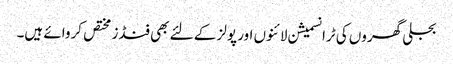
بجلی گھروں کی ٹرانسمیشن لائنوں اور پولز کے لئے بھی فنڈز مختص کروائے ہیں۔